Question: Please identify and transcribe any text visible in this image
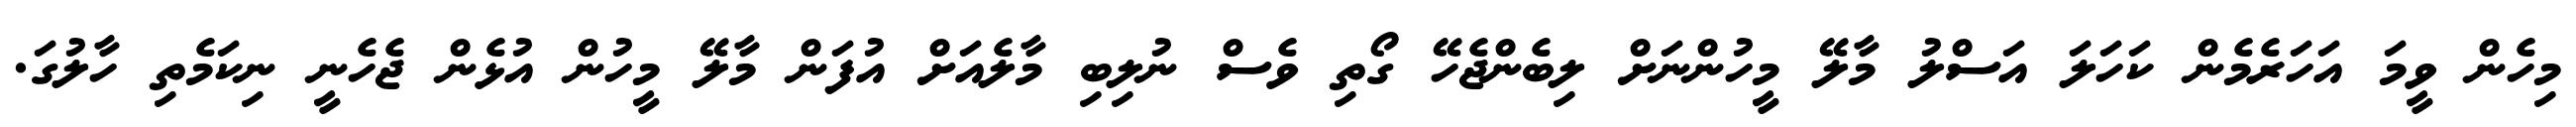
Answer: މިހެން ވީމަ އަހަރެމެން ކަހަލަ އަސްލު މާލޭ މީހުންނަށް ލިބެންޖެހޭ ގޯތި ވެސް ނުލިބި މާލެއަށް އުފަން މާލޭ މީހުން އުޅެން ޖެހެނީ ނިކަމެތި ހާލުގަ.